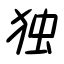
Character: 独